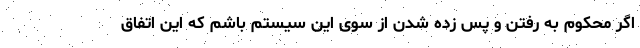
اگر محکوم به رفتن و پس زده شدن از سوی این سیستم باشم که این اتفاق